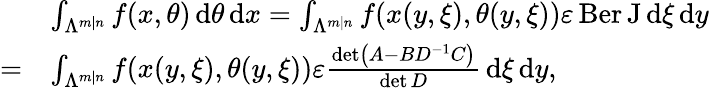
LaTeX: {\begin{array}{rl}&{\int_{\Lambda^{m\mid n}}f(x,\theta)\, \mathrm{d}\theta\, \mathrm{d}x=\int_{\Lambda^{m\mid n}}f(x(y,\xi),\theta(y,\xi))\varepsilon\operatorname{Ber}\mathrm{J}\, \mathrm{d}\xi\, \mathrm{d}y}\\ {=}&{\int_{\Lambda^{m\mid n}}f(x(y,\xi),\theta(y,\xi))\varepsilon{\frac{\operatorname*{det}\left(A-BD^{-1}C\right)}{\operatorname*{det}D}}\, \mathrm{d}\xi\, \mathrm{d}y,}\end{array}}